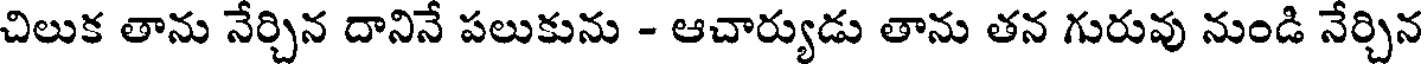
చిలుక తాను నేర్చిన దానినే పలుకును - ఆచార్యుడు తాను తన గురువు నుండి నేర్చిన